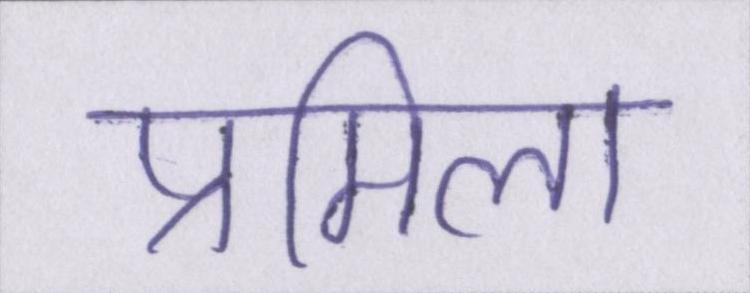
प्रमिला